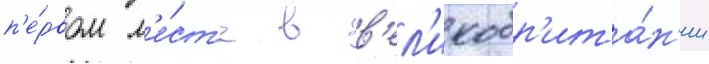
п'е́рвом м'е́ст'е в в'ел'икобр'ита́н'ии